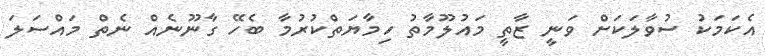
އެކަމަކު ސުވާލަކަށް ވަނީ ޒާތީ މައުލޫމާތު ހިމާޔަތްކުރުމާ ބެހޭ ގާނޫނެއް ނެތް މައްސަލަ